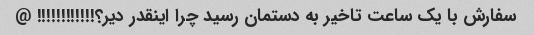
سفارش با یک ساعت تاخیر به دستمان رسید چرا اینقدر دیر؟!!!!!!!!!!!! @